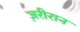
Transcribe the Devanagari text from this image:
ज़रीरान